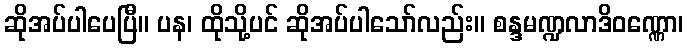
ဆိုအပ်ပါပေပြီ။ ပန၊ ထိုသို့ပင် ဆိုအပ်ပါသော်လည်း။ စန္ဒမဏ္ဍလာဒိဝဏ္ဏော၊